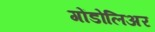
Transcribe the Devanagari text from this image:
गोंडोलिअर